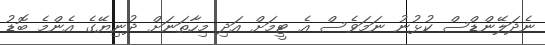
ނެދަލޭންޑްސް ކުޅުނު ނަމަވެސް އެ ޓީމަށް އަދި މިހާތަނަށް ދުނިޔޭގެ އެންމެ ބޮޑު